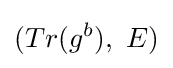
(Tr(g^{b}),\ E)